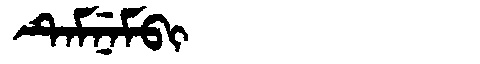
Manchu: ᡨᡝᠮᠨᡝᠮᠪᡳ
Romanization: TEMNEMBI